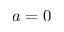
a = 0